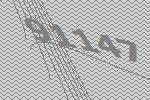
91147